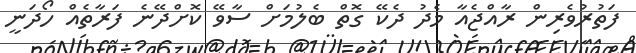
ފަތުރުވެރިން ރާއްޖެއާ މެދު ދެކޭ ގޮތް ބެލުމަށް ސާވޭ ކޮށްދޭނެ ފަރާތެއް ހޯދަނީ